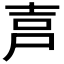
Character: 𡱠